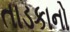
તાડકાનો